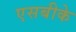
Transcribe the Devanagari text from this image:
एसबीके